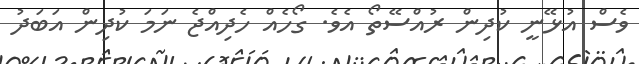
ވެސް އުޅޭނީ ކުދިން ރުއްސޭތޯ އެވެ. ގޯހެއް ހެދިއްޖެ ނަމަ ކުދިން އަބަދު